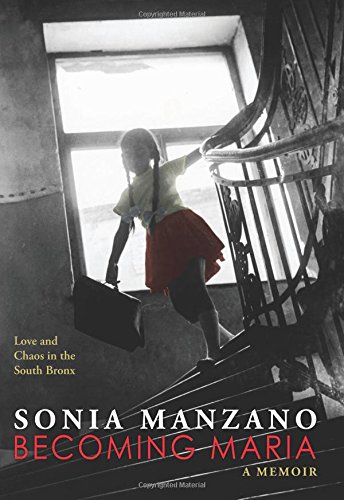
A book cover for Becoming Maria: Love and Chaos in the South Bronx; Sonia Manzano; Teen & Young Adult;